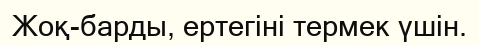
Жоқ-барды, ертегіні термек үшін.